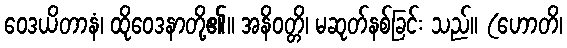
ဝေဒယိတာနံ၊ ထိုဝေဒနာတို့၏။ အနိဝတ္တိ၊ မဆုတ်နစ်ခြင်း သည်။ (ဟောတိ၊